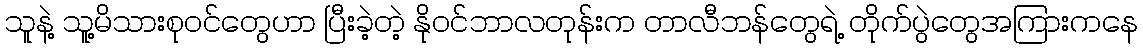
သူနဲ့ သူ့မိသားစုဝင်တွေဟာ ပြီးခဲ့တဲ့ နိုဝင်ဘာလတုန်းက တာလီဘန်တွေရဲ့ တိုက်ပွဲတွေအကြားကနေ